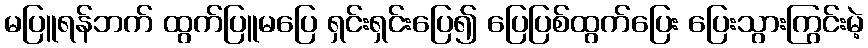
မပြူရန်ဘက် ထွက်ပြူမပြေ ရှင်းရှင်းပြေ၍ ပြေပြစ်ထွက်ပြေး ပြေးသွားကြွင်းမဲ့